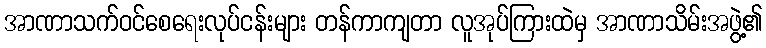
အာဏာသက်ဝင်စေရေးလုပ်ငန်းများ တန်ကာကျတာ လူအုပ်ကြားထဲမှ အာဏာသိမ်းအဖွဲ့၏